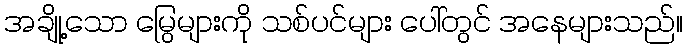
အချို့သော မြွေများကို သစ်ပင်များ ပေါ်တွင် အနေများသည်။